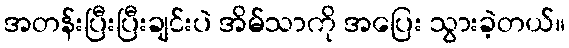
အတန်းပြီးပြီးချင်းပဲ အိမ်သာကို အပြေး သွားခဲ့တယ်။